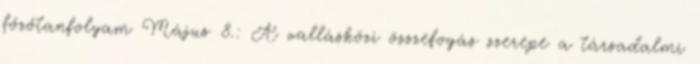
főzőtanfolyam Május 8.: A vallásközi összefogás szerepe a társadalmi